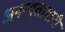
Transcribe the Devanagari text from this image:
अनन्यतामानी